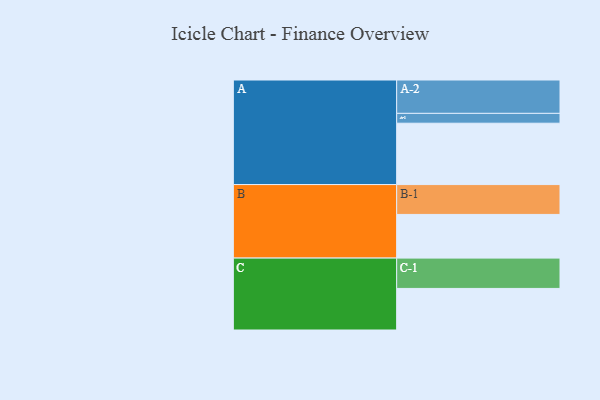
{"axis": {"x": "Segment", "y": "Value"}, "legend": ["", "A", "B", "C"], "data": [{"x": "A", "y": 524, "type": ""}, {"x": "B", "y": 373, "type": ""}, {"x": "C", "y": 355, "type": ""}, {"x": "A-1", "y": 84, "type": "A"}, {"x": "A-2", "y": 285, "type": "A"}, {"x": "B-1", "y": 255, "type": "B"}, {"x": "C-1", "y": 259, "type": "C"}]}